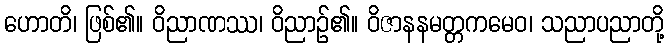
ဟောတိ၊ ဖြစ်၏။ ဝိညာဏဿ၊ ဝိညာဉ်၏။ ဝိဇာနနမတ္တကမေဝ၊ သညာပညာတို့